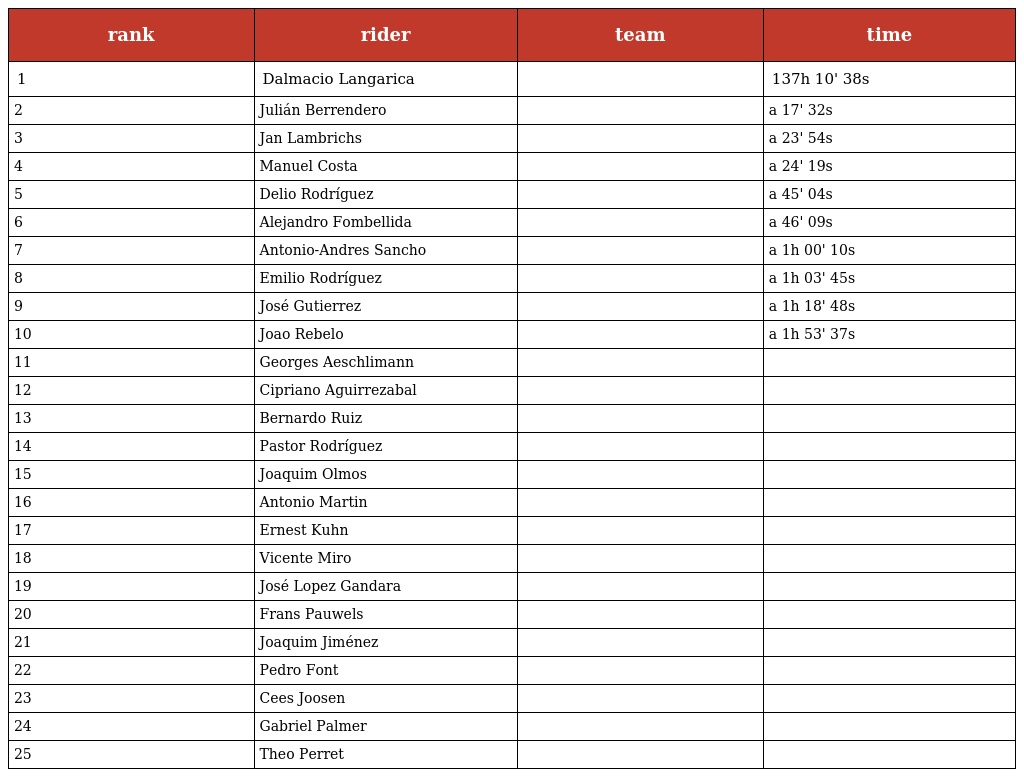
| rank | rider | team | time |
 | --- | --- | --- | --- |
 | 1 | Dalmacio Langarica |  | 137h 10' 38s |
 | 2 | Julián Berrendero |  | a 17' 32s |
 | 3 | Jan Lambrichs |  | a 23' 54s |
 | 4 | Manuel Costa |  | a 24' 19s |
 | 5 | Delio Rodríguez |  | a 45' 04s |
 | 6 | Alejandro Fombellida |  | a 46' 09s |
 | 7 | Antonio-Andres Sancho |  | a 1h 00' 10s |
 | 8 | Emilio Rodríguez |  | a 1h 03' 45s |
 | 9 | José Gutierrez |  | a 1h 18' 48s |
 | 10 | Joao Rebelo |  | a 1h 53' 37s |
 | 11 | Georges Aeschlimann |  |  |
 | 12 | Cipriano Aguirrezabal |  |  |
 | 13 | Bernardo Ruiz |  |  |
 | 14 | Pastor Rodríguez |  |  |
 | 15 | Joaquim Olmos |  |  |
 | 16 | Antonio Martin |  |  |
 | 17 | Ernest Kuhn |  |  |
 | 18 | Vicente Miro |  |  |
 | 19 | José Lopez Gandara |  |  |
 | 20 | Frans Pauwels |  |  |
 | 21 | Joaquim Jiménez |  |  |
 | 22 | Pedro Font |  |  |
 | 23 | Cees Joosen |  |  |
 | 24 | Gabriel Palmer |  |  |
 | 25 | Theo Perret |  |  |